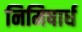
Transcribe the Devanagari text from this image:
निमिषार्ध